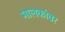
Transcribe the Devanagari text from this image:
मालकांवर